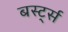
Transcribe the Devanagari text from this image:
बर्स्ट्स